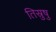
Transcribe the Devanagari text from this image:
तिस्रुषु